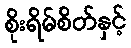
စိုးရိမ်စိတ်နှင့်